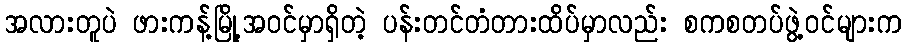
အလားတူပဲ ဖားကန့်မြို့အဝင်မှာရှိတဲ့ ပန်းတင်တံတားထိပ်မှာလည်း စကစတပ်ဖွဲ့ဝင်များက